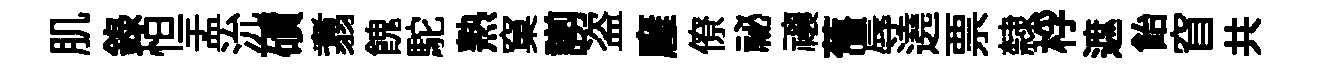
肌錄怛盂沇磧翥餽駝熟窠謭盗廱僚祕禳𦾔辱遶票隸桴遮飴窅共